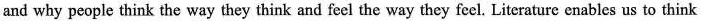
and why people think the way they think and feel the way they feel. Literature enables us to think